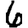
Digit: 6